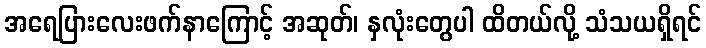
အရေပြားလေးဖက်နာကြောင့် အဆုတ်၊ နှလုံးတွေပါ ထိတယ်လို့ သံသယရှိရင်